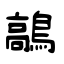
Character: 鶮